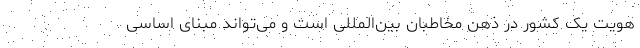
هویت یک کشور در ذهن مخاطبان بین‌المللی است و می‌تواند مبنای اساسی